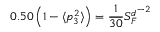
0 . 5 0 \left( 1 - \langle p _ { 3 } ^ { 2 } \rangle \right) = \frac { 1 } { 3 0 } { S _ { F } ^ { d } } ^ { - 2 }